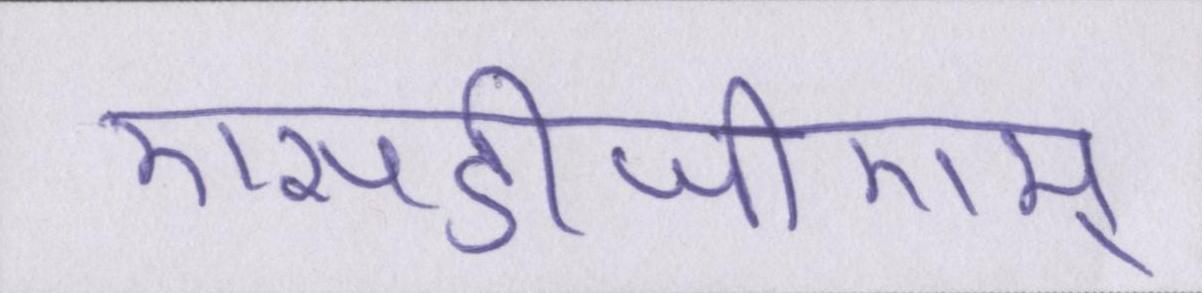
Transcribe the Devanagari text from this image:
एसडीजीएम्